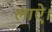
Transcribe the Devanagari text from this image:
लाऐ।